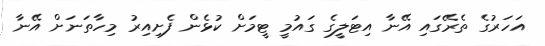
އަހަރުގެ ތެރޭގައި އޭނާ އިޓަލީގެ ގައުމީ ޓީމަށް ކުޅެން ފެށިއިރު މިހާތަނަށް އޭނާ